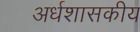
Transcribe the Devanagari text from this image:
अर्धशासकीय